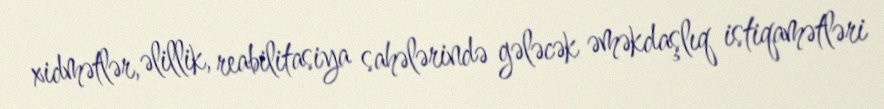
xidmətlər, əlillik, reabilitasiya sahələrində gələcək əməkdaşlıq istiqamətləri